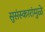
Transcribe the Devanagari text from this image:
सुसंस्कारांमुळे